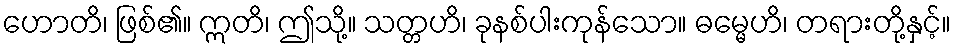
ဟောတိ၊ ဖြစ်၏။ ဣတိ၊ ဤသို့။ သတ္တဟိ၊ ခုနစ်ပါးကုန်သော။ ဓမ္မေဟိ၊ တရားတို့နှင့်။